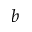
b